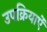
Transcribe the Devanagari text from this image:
उपक्रियाऐं